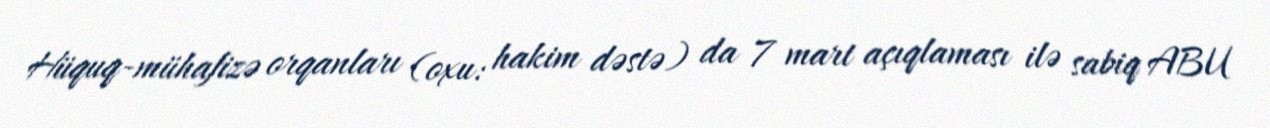
Hüquq-mühafizə orqanları (oxu: hakim dəstə) da 7 mart açıqlaması ilə sabiq ABU